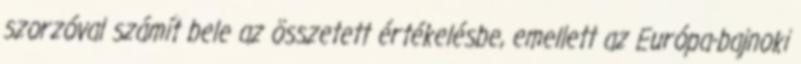
szorzóval számít bele az összetett értékelésbe, emellett az Európa-bajnoki